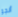
أنجو